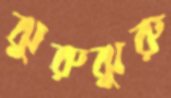
ঝুরুঝুরু